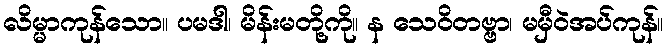
လိမ္မာကုန်သော။ ပမဒါ၊ မိန်းမတို့ကို။ န သေဝိတဗ္ဗာ၊ မမှီဝဲအပ်ကုန်။